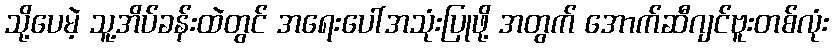
သို့ပေမဲ့ သူ့အိပ်ခန်းထဲတွင် အရေးပေါ်အသုံးပြုဖို့ အတွက် အောက်ဆီဂျင်ဗူးတစ်လုံး